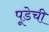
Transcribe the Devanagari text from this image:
पूडेची